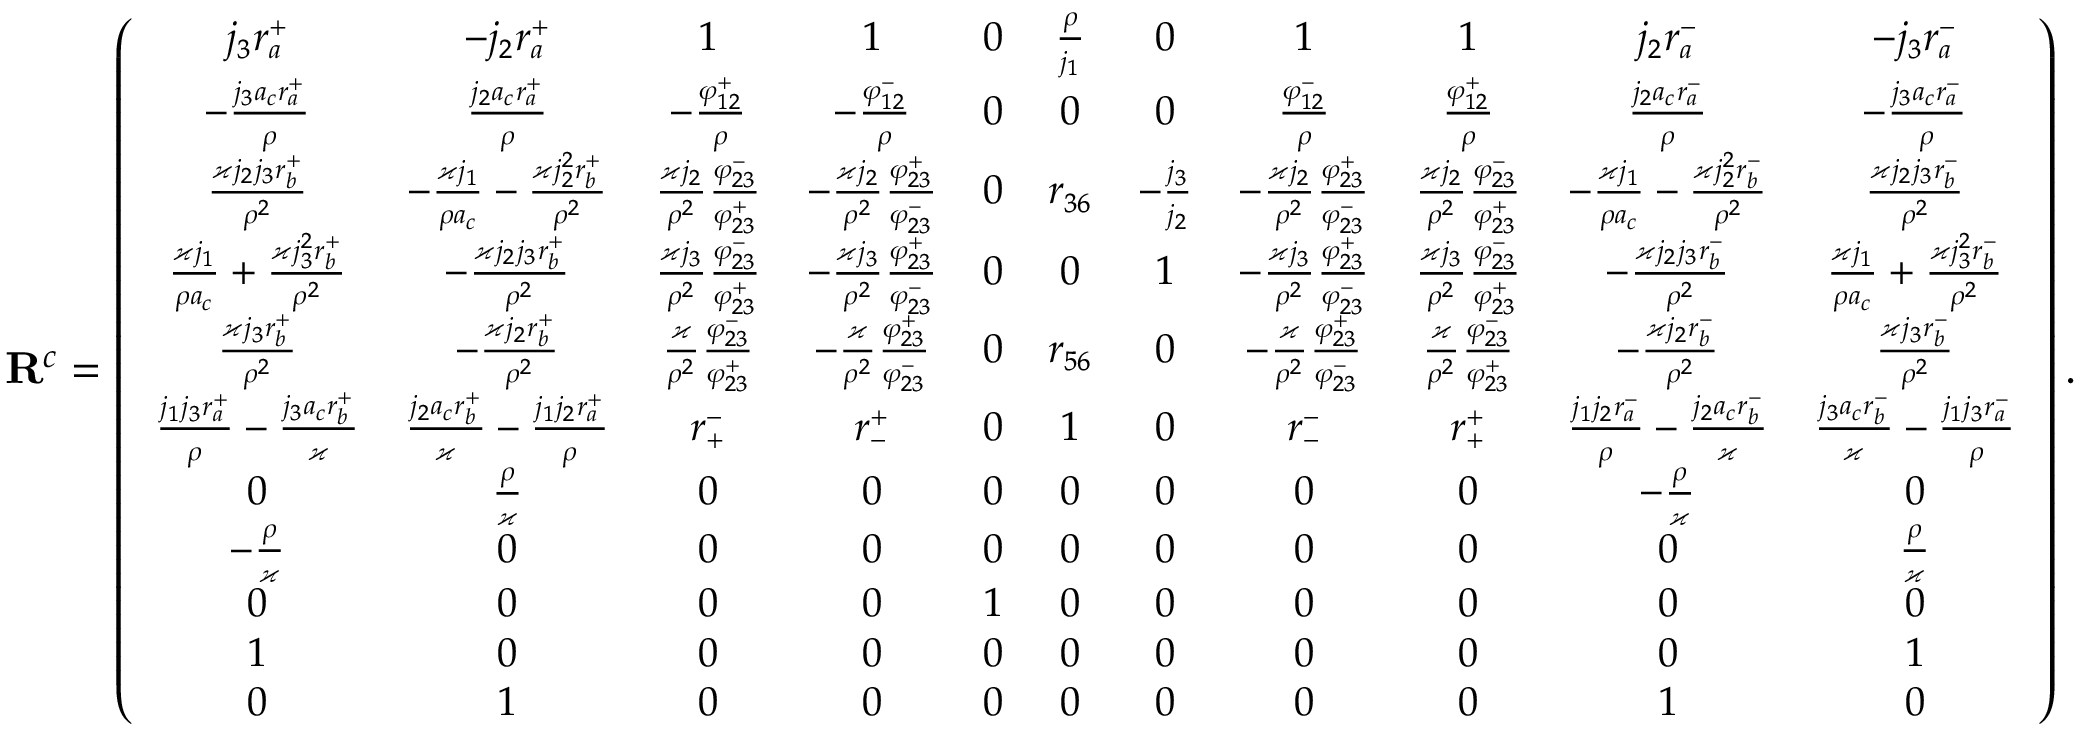
\small \mathbf { R } ^ { c } = \left( \begin{array} { c c c c c c c c c c c } { j _ { 3 } r _ { a } ^ { + } } & { - j _ { 2 } r _ { a } ^ { + } } & { 1 } & { 1 } & { 0 } & { \frac { \rho } { j _ { 1 } } } & { 0 } & { 1 } & { 1 } & { j _ { 2 } r _ { a } ^ { - } } & { - j _ { 3 } r _ { a } ^ { - } } \\ { - \frac { j _ { 3 } a _ { c } r _ { a } ^ { + } } { \rho } } & { \frac { j _ { 2 } a _ { c } r _ { a } ^ { + } } { \rho } } & { - \frac { \varphi _ { 1 2 } ^ { + } } { \rho } } & { - \frac { \varphi _ { 1 2 } ^ { - } } { \rho } } & { 0 } & { 0 } & { 0 } & { \frac { \varphi _ { 1 2 } ^ { - } } { \rho } } & { \frac { \varphi _ { 1 2 } ^ { + } } { \rho } } & { \frac { j _ { 2 } a _ { c } r _ { a } ^ { - } } { \rho } } & { - \frac { j _ { 3 } a _ { c } r _ { a } ^ { - } } { \rho } } \\ { \frac { \varkappa j _ { 2 } j _ { 3 } r _ { b } ^ { + } } { \rho ^ { 2 } } } & { - \frac { \varkappa j _ { 1 } } { \rho a _ { c } } - \frac { \varkappa j _ { 2 } ^ { 2 } r _ { b } ^ { + } } { \rho ^ { 2 } } } & { \frac { \varkappa j _ { 2 } } { \rho ^ { 2 } } \frac { \varphi _ { 2 3 } ^ { - } } { \varphi _ { 2 3 } ^ { + } } } & { - \frac { \varkappa j _ { 2 } } { \rho ^ { 2 } } \frac { \varphi _ { 2 3 } ^ { + } } { \varphi _ { 2 3 } ^ { - } } } & { 0 } & { r _ { 3 6 } } & { - \frac { j _ { 3 } } { j _ { 2 } } } & { - \frac { \varkappa j _ { 2 } } { \rho ^ { 2 } } \frac { \varphi _ { 2 3 } ^ { + } } { \varphi _ { 2 3 } ^ { - } } } & { \frac { \varkappa j _ { 2 } } { \rho ^ { 2 } } \frac { \varphi _ { 2 3 } ^ { - } } { \varphi _ { 2 3 } ^ { + } } } & { - \frac { \varkappa j _ { 1 } } { \rho a _ { c } } - \frac { \varkappa j _ { 2 } ^ { 2 } r _ { b } ^ { - } } { \rho ^ { 2 } } } & { \frac { \varkappa j _ { 2 } j _ { 3 } r _ { b } ^ { - } } { \rho ^ { 2 } } } \\ { \frac { \varkappa j _ { 1 } } { \rho a _ { c } } + \frac { \varkappa j _ { 3 } ^ { 2 } r _ { b } ^ { + } } { \rho ^ { 2 } } } & { - \frac { \varkappa j _ { 2 } j _ { 3 } r _ { b } ^ { + } } { \rho ^ { 2 } } } & { \frac { \varkappa j _ { 3 } } { \rho ^ { 2 } } \frac { \varphi _ { 2 3 } ^ { - } } { \varphi _ { 2 3 } ^ { + } } } & { - \frac { \varkappa j _ { 3 } } { \rho ^ { 2 } } \frac { \varphi _ { 2 3 } ^ { + } } { \varphi _ { 2 3 } ^ { - } } } & { 0 } & { 0 } & { 1 } & { - \frac { \varkappa j _ { 3 } } { \rho ^ { 2 } } \frac { \varphi _ { 2 3 } ^ { + } } { \varphi _ { 2 3 } ^ { - } } } & { \frac { \varkappa j _ { 3 } } { \rho ^ { 2 } } \frac { \varphi _ { 2 3 } ^ { - } } { \varphi _ { 2 3 } ^ { + } } } & { - \frac { \varkappa j _ { 2 } j _ { 3 } r _ { b } ^ { - } } { \rho ^ { 2 } } } & { \frac { \varkappa j _ { 1 } } { \rho a _ { c } } + \frac { \varkappa j _ { 3 } ^ { 2 } r _ { b } ^ { - } } { \rho ^ { 2 } } } \\ { \frac { \varkappa j _ { 3 } r _ { b } ^ { + } } { \rho ^ { 2 } } } & { - \frac { \varkappa j _ { 2 } r _ { b } ^ { + } } { \rho ^ { 2 } } } & { \frac { \varkappa } { \rho ^ { 2 } } \frac { \varphi _ { 2 3 } ^ { - } } { \varphi _ { 2 3 } ^ { + } } } & { - \frac { \varkappa } { \rho ^ { 2 } } \frac { \varphi _ { 2 3 } ^ { + } } { \varphi _ { 2 3 } ^ { - } } } & { 0 } & { r _ { 5 6 } } & { 0 } & { - \frac { \varkappa } { \rho ^ { 2 } } \frac { \varphi _ { 2 3 } ^ { + } } { \varphi _ { 2 3 } ^ { - } } } & { \frac { \varkappa } { \rho ^ { 2 } } \frac { \varphi _ { 2 3 } ^ { - } } { \varphi _ { 2 3 } ^ { + } } } & { - \frac { \varkappa j _ { 2 } r _ { b } ^ { - } } { \rho ^ { 2 } } } & { \frac { \varkappa j _ { 3 } r _ { b } ^ { - } } { \rho ^ { 2 } } } \\ { \frac { j _ { 1 } j _ { 3 } r _ { a } ^ { + } } { \rho } - \frac { j _ { 3 } a _ { c } r _ { b } ^ { + } } { \varkappa } } & { \frac { j _ { 2 } a _ { c } r _ { b } ^ { + } } { \varkappa } - \frac { j _ { 1 } j _ { 2 } r _ { a } ^ { + } } { \rho } } & { r _ { + } ^ { - } } & { r _ { - } ^ { + } } & { 0 } & { 1 } & { 0 } & { r _ { - } ^ { - } } & { r _ { + } ^ { + } } & { \frac { j _ { 1 } j _ { 2 } r _ { a } ^ { - } } { \rho } - \frac { j _ { 2 } a _ { c } r _ { b } ^ { - } } { \varkappa } } & { \frac { j _ { 3 } a _ { c } r _ { b } ^ { - } } { \varkappa } - \frac { j _ { 1 } j _ { 3 } r _ { a } ^ { - } } { \rho } } \\ { 0 } & { \frac { \rho } { \varkappa } } & { 0 } & { 0 } & { 0 } & { 0 } & { 0 } & { 0 } & { 0 } & { - \frac { \rho } { \varkappa } } & { 0 } \\ { - \frac { \rho } { \varkappa } } & { 0 } & { 0 } & { 0 } & { 0 } & { 0 } & { 0 } & { 0 } & { 0 } & { 0 } & { \frac { \rho } { \varkappa } } \\ { 0 } & { 0 } & { 0 } & { 0 } & { 1 } & { 0 } & { 0 } & { 0 } & { 0 } & { 0 } & { 0 } \\ { 1 } & { 0 } & { 0 } & { 0 } & { 0 } & { 0 } & { 0 } & { 0 } & { 0 } & { 0 } & { 1 } \\ { 0 } & { 1 } & { 0 } & { 0 } & { 0 } & { 0 } & { 0 } & { 0 } & { 0 } & { 1 } & { 0 } \end{array} \right) .